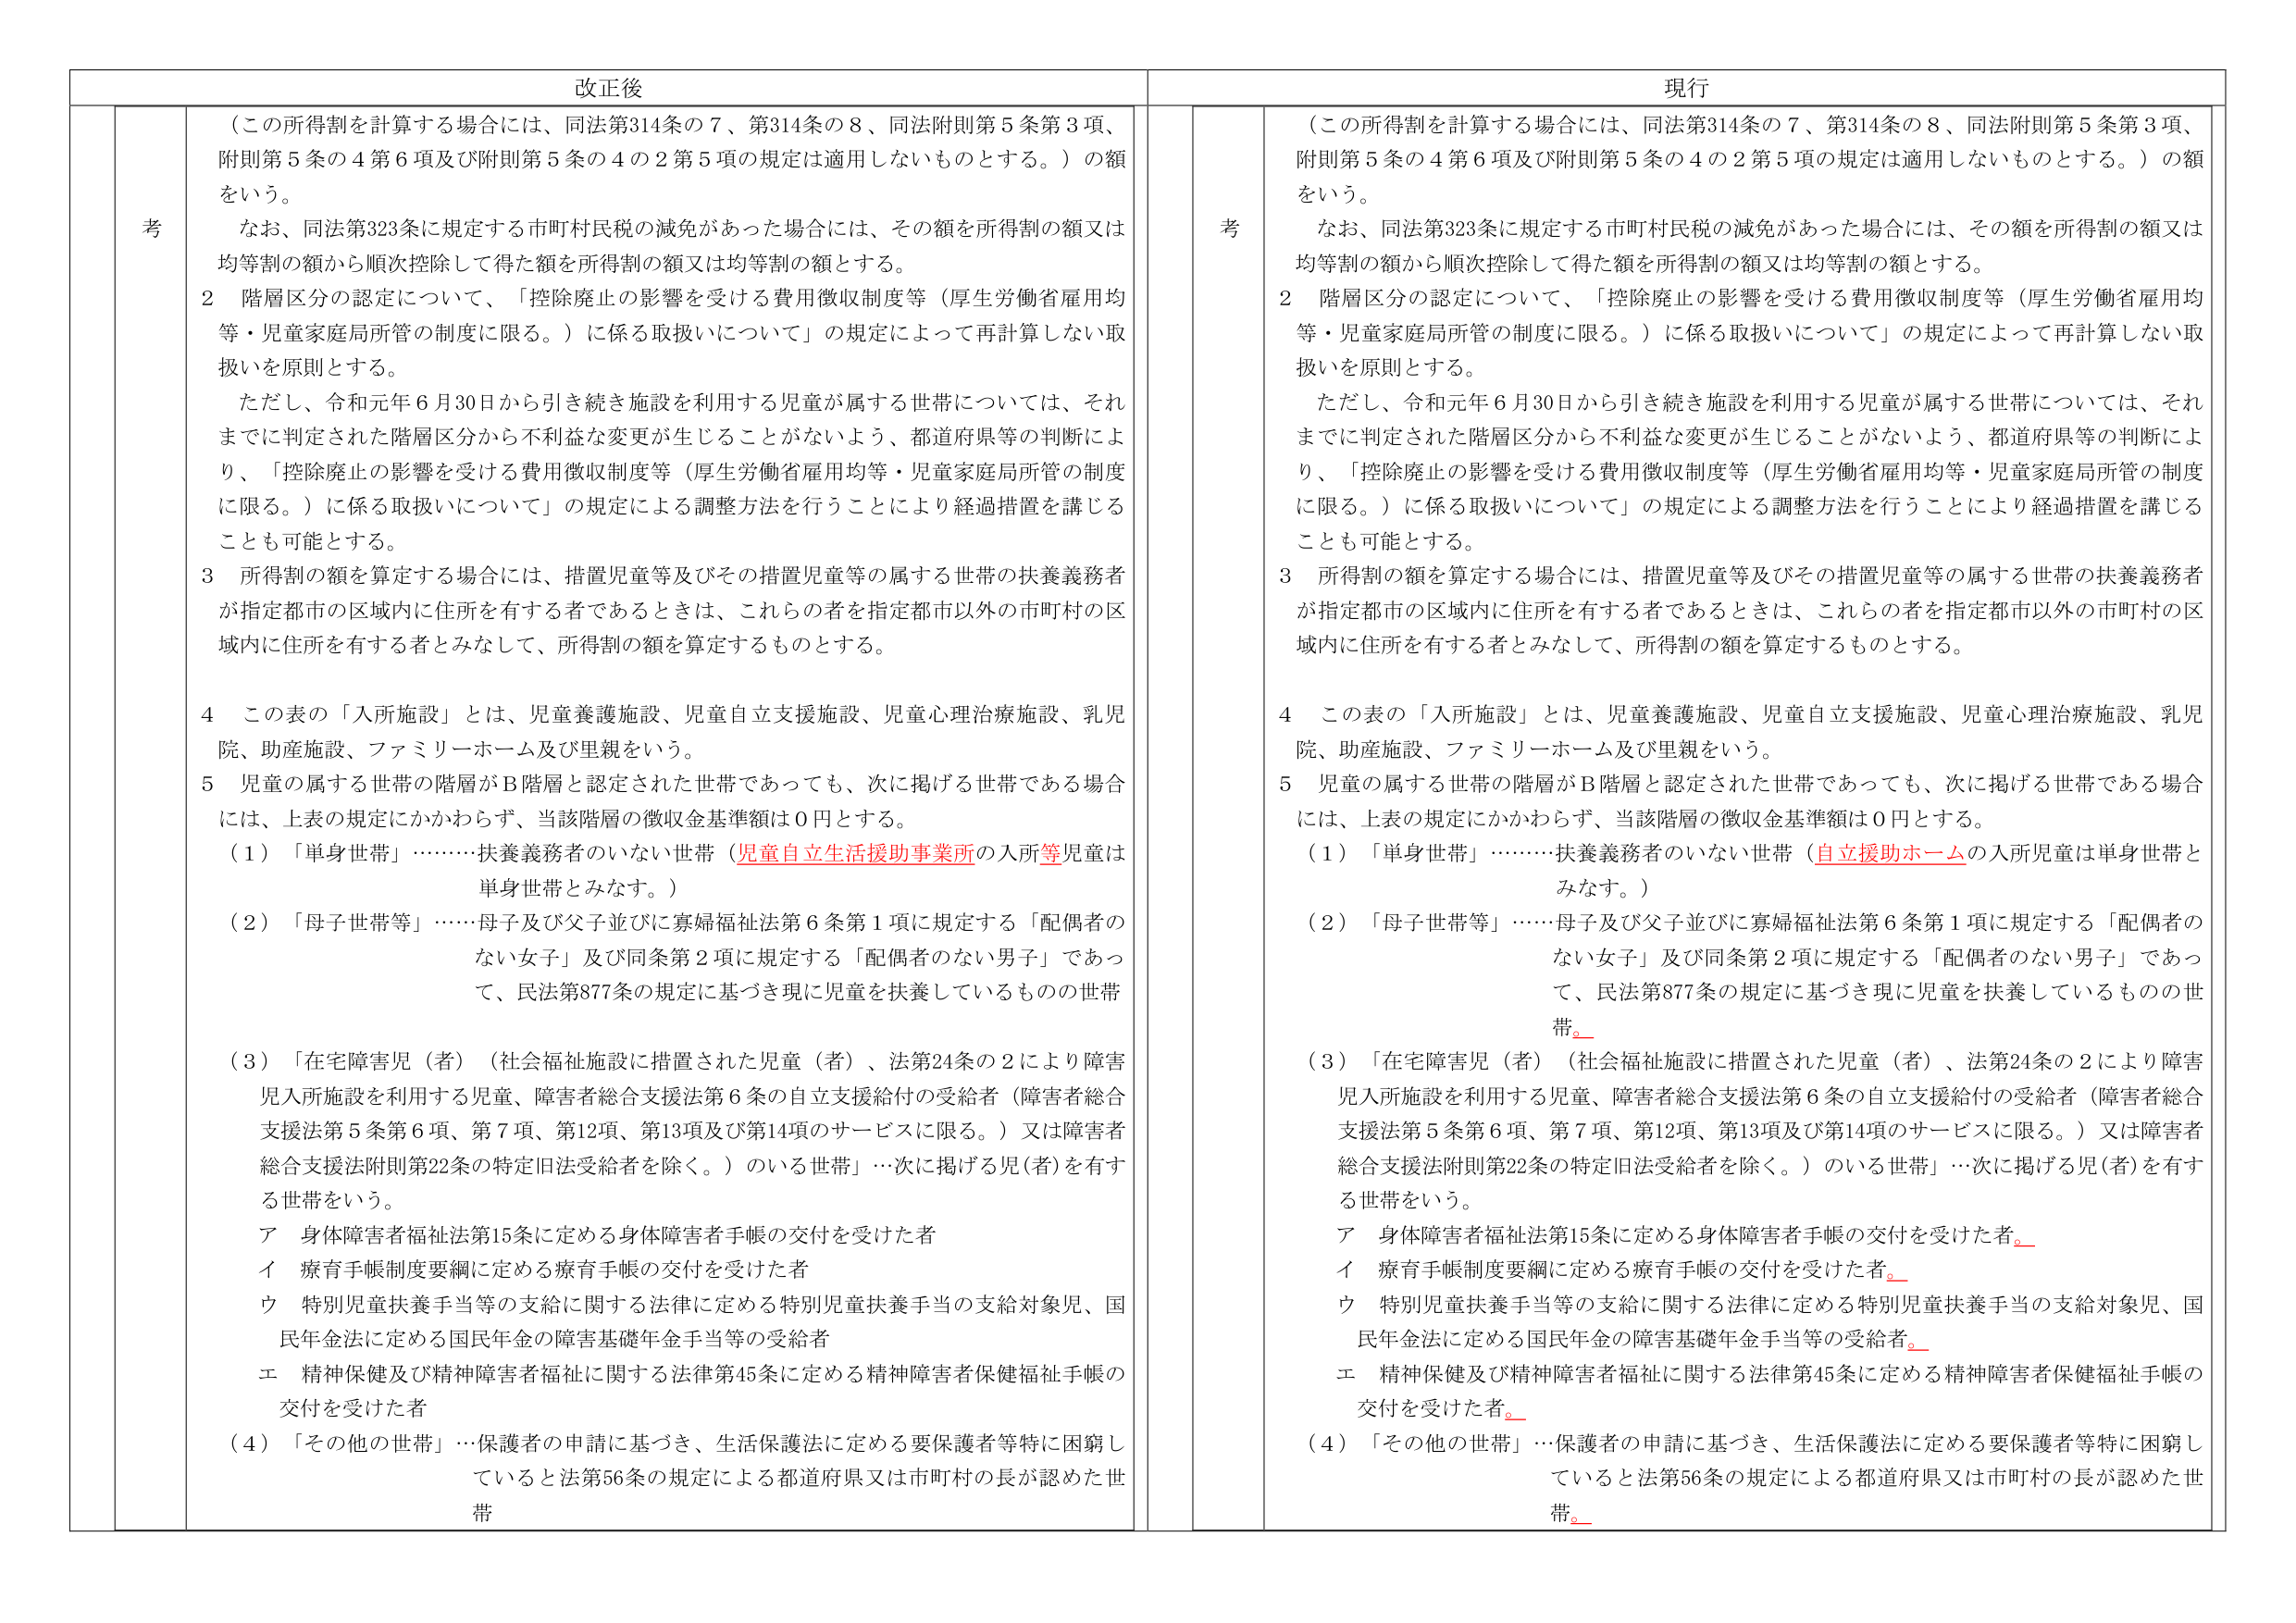
改正後

（この所得割を計算する場合には、同法第314条の7、第314条の8、同法附則第5条第3項、附則第5条の4第6項及び附則第5条の4の2第5項の規定は適用しないものとする。）の額をいう。

なお、同法第323条に規定する市町村民税の減免があった場合には、その額を所得割の額又は均等割の額から順次控除して得た額を所得割の額又は均等割の額とする。

2 階層区分の認定について、「控除廃止の影響を受ける費用徴収制度等（厚生労働省雇用均等・児童家庭局所管の制度に限る。）に係る取扱いについて」の規定によって再計算しない取扱いを原則とする。

ただし、令和元年6月30日から引き続き施設を利用する児童が属する世帯については、それまでに判定された階層区分から不利益な変更が生じることがないよう、都道府県等の判断により、「控除廃止の影響を受ける費用徴収制度等（厚生労働省雇用均等・児童家庭局所管の制度に限る。）に係る取扱いについて」の規定による調整方法を行うことにより経過措置を講じることも可能とする。

3 所得割の額を算定する場合には、措置児童等及びその措置児童等の属する世帯の扶養義務者が指定都市の区域内に住所を有する者であるときは、これらの者を指定都市以外の市町村の区域内に住所を有する者とみなして、所得割の額を算定するものとする。

4 この表の「入所施設」とは、児童養護施設、児童自立支援施設、児童心理治療施設、乳児院、助産施設、ファミリーホーム及び里親をいう。

5 児童の属する世帯の階層がB階層と認定された世帯であっても、次に掲げる世帯である場合には、上表の規定にかかわらず、当該階層の徴収金基準額は0円とする。

（1）「単身世帯」……扶養義務者のいない世帯（児童自立生活援助事業所の入所等児童は単身世帯とみなす。）

（2）「母子世帯等」……母子及び父子並びに寡婦福祉法第6条第1項に規定する「配偶者のない女子」及び同条第2項に規定する「配偶者のない男子」であって、民法第877条の規定に基づき現に児童を扶養しているものの世帯

（3）「在宅障害児（者）（社会福祉施設に措置された児童（者）、法第24条の2により障害児入所施設を利用する児童、障害者総合支援法第6条の自立支援給付の受給者（障害者総合支援法第5条第6項、第7項、第12項、第13項及び第14項のサービスに限る。）又は障害者総合支援法附則第22条の特定旧法受給者を除く。）のいる世帯」…次に掲げる児(者)を有する世帯をいう。

ア 身体障害者福祉法第15条に定める身体障害者手帳の交付を受けた者

イ 療育手帳制度要綱に定める療育手帳の交付を受けた者

ウ 特別児童扶養手当等の支給に関する法律に定める特別児童扶養手当の支給対象児、国民年金法に定める国民年金の障害基礎年金手当等の受給者

エ 精神保健及び精神障害者福祉に関する法律第45条に定める精神障害者保健福祉手帳の交付を受けた者

（4）「その他の世帯」…保護者の申請に基づき、生活保護法に定める要保護者等特に困窮していると法第56条の規定による都道府県又は市町村の長が認めた世帯

現行

（この所得割を計算する場合には、同法第314条の7、第314条の8、同法附則第5条第3項、附則第5条の4第6項及び附則第5条の4の2第5項の規定は適用しないものとする。）の額をいう。

なお、同法第323条に規定する市町村民税の減免があった場合には、その額を所得割の額又は均等割の額から順次控除して得た額を所得割の額又は均等割の額とする。

2 階層区分の認定について、「控除廃止の影響を受ける費用徴収制度等（厚生労働省雇用均等・児童家庭局所管の制度に限る。）に係る取扱いについて」の規定によって再計算しない取扱いを原則とする。

ただし、令和元年6月30日から引き続き施設を利用する児童が属する世帯については、それまでに判定された階層区分から不利益な変更が生じることがないよう、都道府県等の判断により、「控除廃止の影響を受ける費用徴収制度等（厚生労働省雇用均等・児童家庭局所管の制度に限る。）に係る取扱いについて」の規定による調整方法を行うことにより経過措置を講じることも可能とする。

3 所得割の額を算定する場合には、措置児童等及びその措置児童等の属する世帯の扶養義務者が指定都市の区域内に住所を有する者であるときは、これらの者を指定都市以外の市町村の区域内に住所を有する者とみなして、所得割の額を算定するものとする。

4 この表の「入所施設」とは、児童養護施設、児童自立支援施設、児童心理治療施設、乳児院、助産施設、ファミリーホーム及び里親をいう。

5 児童の属する世帯の階層がB階層と認定された世帯であっても、次に掲げる世帯である場合には、上表の規定にかかわらず、当該階層の徴収金基準額は0円とする。

（1）「単身世帯」……扶養義務者のいない世帯（自立援助ホームの入所児童は単身世帯とみなす。）

（2）「母子世帯等」……母子及び父子並びに寡婦福祉法第6条第1項に規定する「配偶者のない女子」及び同条第2項に規定する「配偶者のない男子」であって、民法第877条の規定に基づき現に児童を扶養しているものの世帯。

（3）「在宅障害児（者）（社会福祉施設に措置された児童（者）、法第24条の2により障害児入所施設を利用する児童、障害者総合支援法第6条の自立支援給付の受給者（障害者総合支援法第5条第6項、第7項、第12項、第13項及び第14項のサービスに限る。）又は障害者総合支援法附則第22条の特定旧法受給者を除く。）のいる世帯」…次に掲げる児(者)を有する世帯をいう。

ア 身体障害者福祉法第15条に定める身体障害者手帳の交付を受けた者。

イ 療育手帳制度要綱に定める療育手帳の交付を受けた者。

ウ 特別児童扶養手当等の支給に関する法律に定める特別児童扶養手当の支給対象児、国民年金法に定める国民年金の障害基礎年金手当等の受給者。

エ 精神保健及び精神障害者福祉に関する法律第45条に定める精神障害者保健福祉手帳の交付を受けた者。

（4）「その他の世帯」…保護者の申請に基づき、生活保護法に定める要保護者等特に困窮していると法第56条の規定による都道府県又は市町村の長が認めた世帯。